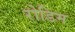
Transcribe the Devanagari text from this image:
रोडिम